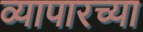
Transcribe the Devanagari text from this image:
व्यापारच्या